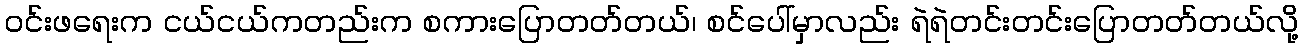
၀င်းဖရေးက ငယ်ငယ်ကတည်းက စကားပြောတတ်တယ်၊ စင်ပေါ်မှာလည်း ရဲရဲတင်းတင်းပြောတတ်တယ်လို့